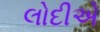
લોદીએ